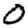
Digit: 0